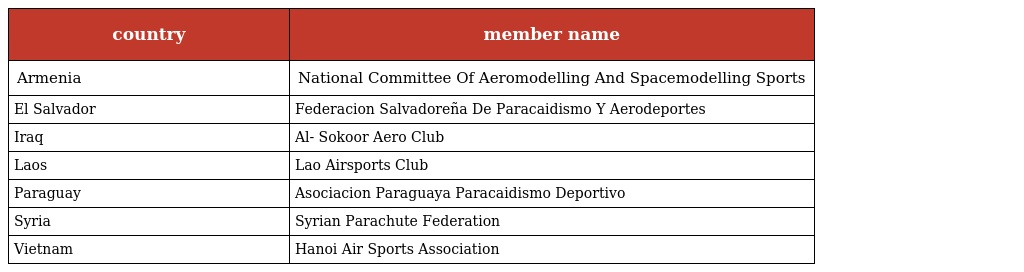
| country | member name |
 | --- | --- |
 | Armenia | National Committee Of Aeromodelling And Spacemodelling Sports |
 | El Salvador | Federacion Salvadoreña De Paracaidismo Y Aerodeportes |
 | Iraq | Al- Sokoor Aero Club |
 | Laos | Lao Airsports Club |
 | Paraguay | Asociacion Paraguaya Paracaidismo Deportivo |
 | Syria | Syrian Parachute Federation |
 | Vietnam | Hanoi Air Sports Association |